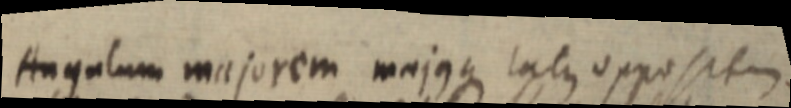
Angulum majorem majusque latus oppositem